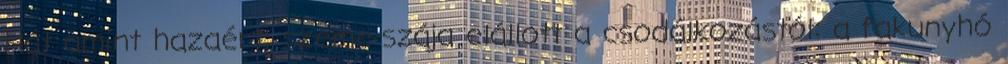
Hát amint hazaért, szeme-szája elállott a csodálkozástól: a fakunyhó